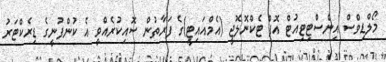
މޯލްޑިވްސް އިންސްޓިޓިއުޓް އޮފް ޓެކްނޮލޮޖީ (އެމްއައިޓީ)ގެ ފަރާތުން ސޮއިކުރެއްވީ އެ ކުންފުނީގެ ޑިރެކްޓަރު